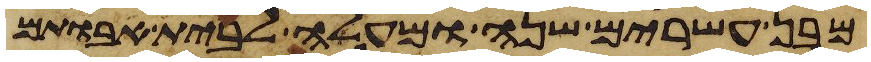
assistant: מבן עשרים שנה ומעלה לבית אבותם